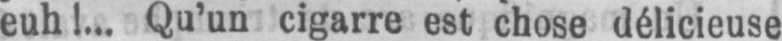
euh!... Qu’un cigarre est chose délicieuse